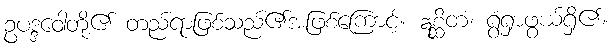
ဥပဒ္ဒဝေါတို့၏ တည်ရာဖြစ်သည်၏အဖြစ်ကြောင့်။ ဣစ္ဆိတံ၊ ရွံရှာဖွယ်ရှိ၏။